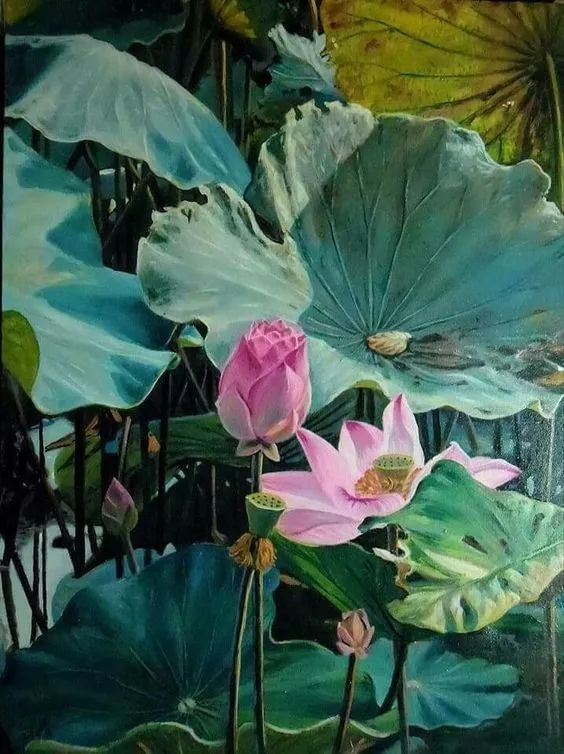
宁知寸心里，蓄紫复含红！